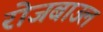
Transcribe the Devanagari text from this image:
रोजबाउल